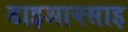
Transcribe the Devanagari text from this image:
डाइआक्साइ